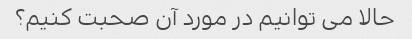
حالا می توانیم در مورد آن صحبت کنیم؟